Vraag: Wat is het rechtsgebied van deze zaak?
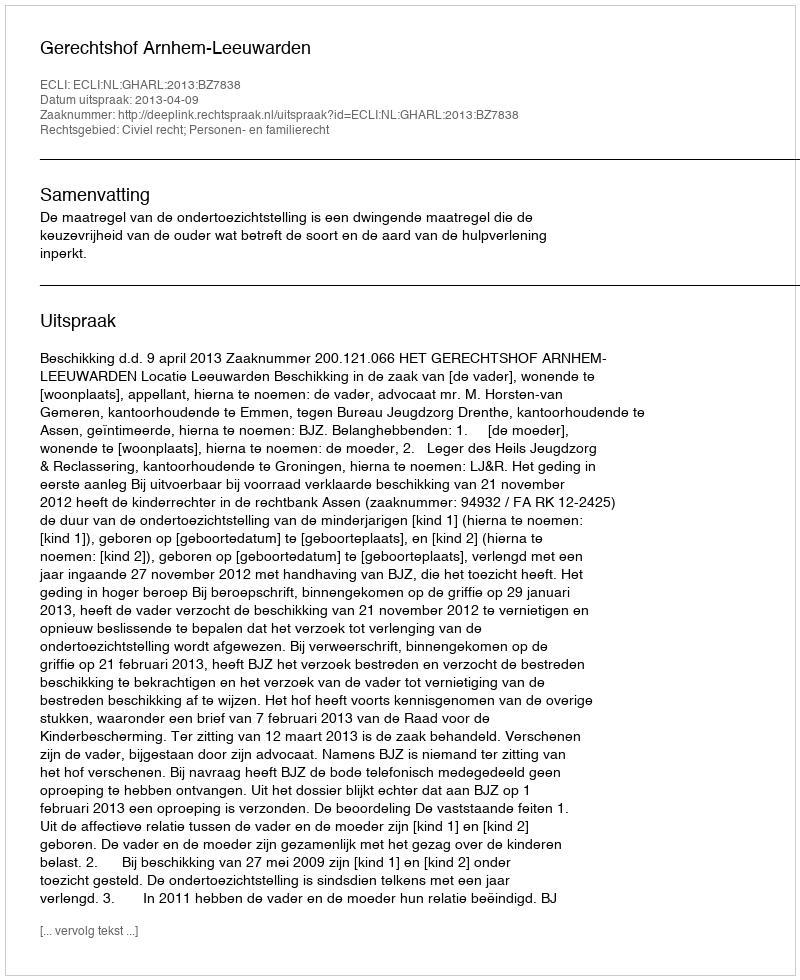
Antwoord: Civiel recht; Personen- en familierecht